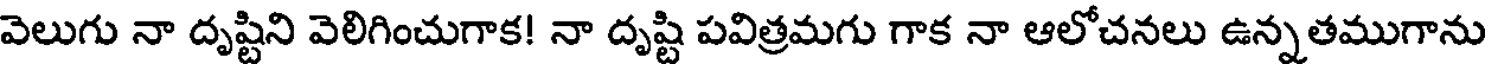
వెలుగు నా దృష్టిని వెలిగించుగాక! నా దృష్టి పవిత్రమగు గాక నా ఆలోచనలు ఉన్నతముగాను